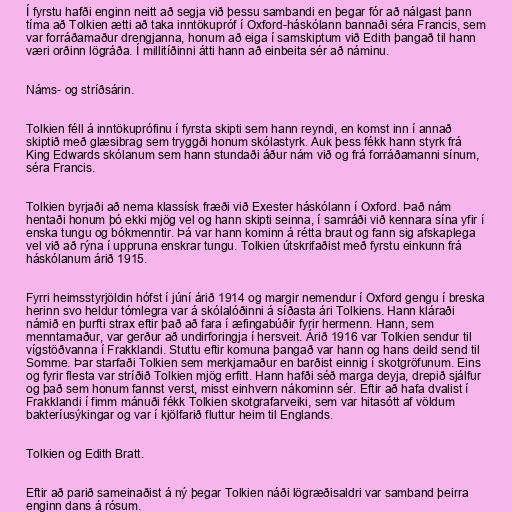
Í fyrstu hafði enginn neitt að segja við þessu sambandi en þegar fór að nálgast þann
tíma að Tolkien ætti að taka inntökupróf í Oxford-háskólann bannaði séra Francis, sem
var forráðamaður drengjanna, honum að eiga í samskiptum við Edith þangað til hann
væri orðinn lögráða. Í millitíðinni átti hann að einbeita sér að náminu.

Náms- og stríðsárin.

Tolkien féll á inntökuprófinu í fyrsta skipti sem hann reyndi, en komst inn í annað
skiptið með glæsibrag sem tryggði honum skólastyrk. Auk þess fékk hann styrk frá
King Edwards skólanum sem hann stundaði áður nám við og frá forráðamanni sínum,
séra Francis.

Tolkien byrjaði að nema klassísk fræði við Exester háskólann í Oxford. Það nám
hentaði honum þó ekki mjög vel og hann skipti seinna, í samráði við kennara sína yfir í
enska tungu og bókmenntir. Þá var hann kominn á rétta braut og fann sig afskaplega
vel við að rýna í uppruna enskrar tungu. Tolkien útskrifaðist með fyrstu einkunn frá
háskólanum árið 1915.

Fyrri heimsstyrjöldin hófst í júní árið 1914 og margir nemendur í Oxford gengu í breska
herinn svo heldur tómlegra var á skólalóðinni á síðasta ári Tolkiens. Hann kláraði
námið en þurfti strax eftir það að fara í æfingabúðir fyrir hermenn. Hann, sem
menntamaður, var gerður að undirforingja í hersveit. Árið 1916 var Tolkien sendur til
vígstöðvanna í Frakklandi. Stuttu eftir komuna þangað var hann og hans deild send til
Somme. Þar starfaði Tolkien sem merkjamaður en barðist einnig í skotgröfunum. Eins
og fyrir flesta var stríðið Tolkien mjög erfitt. Hann hafði séð marga deyja, drepið sjálfur
og það sem honum fannst verst, misst einhvern nákominn sér. Eftir að hafa dvalist í
Frakklandi í fimm mánuði fékk Tolkien skotgrafarveiki, sem var hitasótt af völdum
bakteríusýkingar og var í kjölfarið fluttur heim til Englands.

Tolkien og Edith Bratt.

Eftir að parið sameinaðist á ný þegar Tolkien náði lögræðisaldri var samband þeirra
enginn dans á rósum.